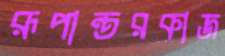
রূপান্তরকাজ